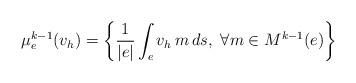
LaTeX: \begin{align*} \mu^{k-1}_{e}(v_{h})=\left\{ \frac{1}{|e|} \int_{e} v_{h} \, m \, ds, \ \forall m \in M^{k-1}(e) \right\} \end{align*}